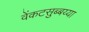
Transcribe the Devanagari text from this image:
वेंकटसुब्बय्या